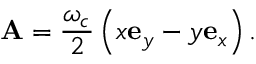
\mathbf { A } = \frac { \omega _ { c } } { 2 } \left( x \mathbf { e } _ { y } - y \mathbf { e } _ { x } \right) .